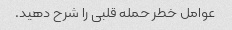
عوامل خطر حمله قلبی را شرح دهید.